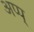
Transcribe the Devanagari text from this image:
अप्प्